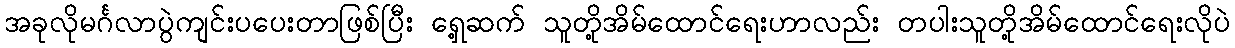
အခုလိုမင်္ဂလာပွဲကျင်းပပေးတာဖြစ်ပြီး ရှေ့ဆက် သူတို့အိမ်ထောင်ရေးဟာလည်း တပါးသူတို့အိမ်ထောင်ရေးလိုပဲ